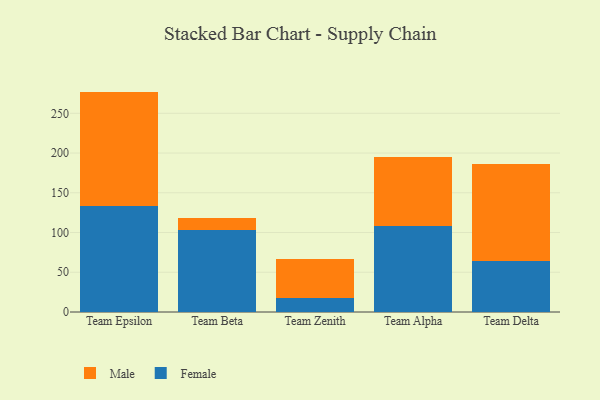
{"axis": {"x": "Team", "y": "Inventory Turnover"}, "legend": ["Female", "Male"], "data": [{"x": "Team Epsilon", "y": 132.8, "type": "Female"}, {"x": "Team Epsilon", "y": 144.5, "type": "Male"}, {"x": "Team Beta", "y": 103.8, "type": "Female"}, {"x": "Team Beta", "y": 15.0, "type": "Male"}, {"x": "Team Zenith", "y": 17.1, "type": "Female"}, {"x": "Team Zenith", "y": 49.0, "type": "Male"}, {"x": "Team Alpha", "y": 108.6, "type": "Female"}, {"x": "Team Alpha", "y": 87.0, "type": "Male"}, {"x": "Team Delta", "y": 63.9, "type": "Female"}, {"x": "Team Delta", "y": 122.1, "type": "Male"}]}